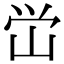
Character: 峃